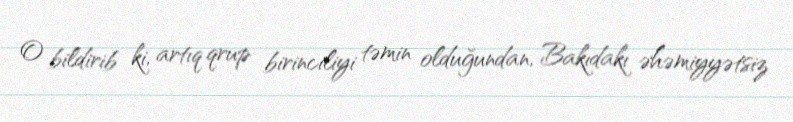
O bildirib ki, artıq qrup birinciliyi təmin olduğundan, Bakıdakı əhəmiyyətsiz